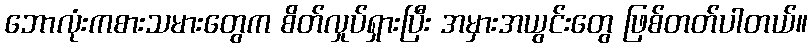
ဘောလုံးကစားသမားတွေက စိတ်လှုပ်ရှားပြီး အမှားအယွင်းတွေ ဖြစ်တတ်ပါတယ်။